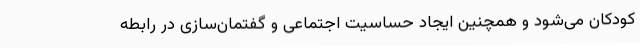
کودکان می‌شود و همچنین ایجاد حساسیت اجتماعی و گفتمان‌سازی در رابطه